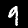
Digit: 9